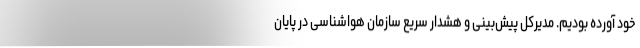
خود آورده بودیم. مدیرکل پیش‌بینی و هشدار سریع سازمان هواشناسی در پایان